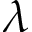
\lambda